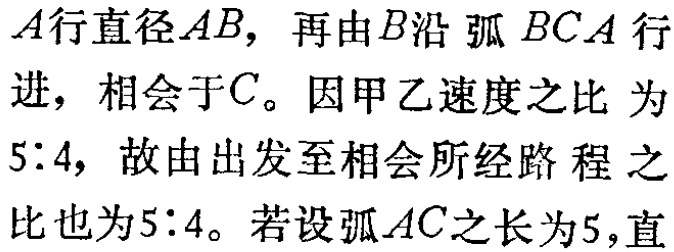
$A行直径AB，再由B沿弧BCA行\\进，相会于C。因甲乙速度之比为\\5:4，故由出发至相会所经路程之比也为5:4。若设弧AC之长为5，直$